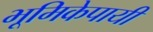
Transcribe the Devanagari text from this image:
भूमिकेपायी